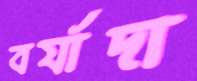
বর্যাদা